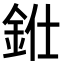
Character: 𨦁